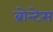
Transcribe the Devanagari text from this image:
ब्रोन्टेस